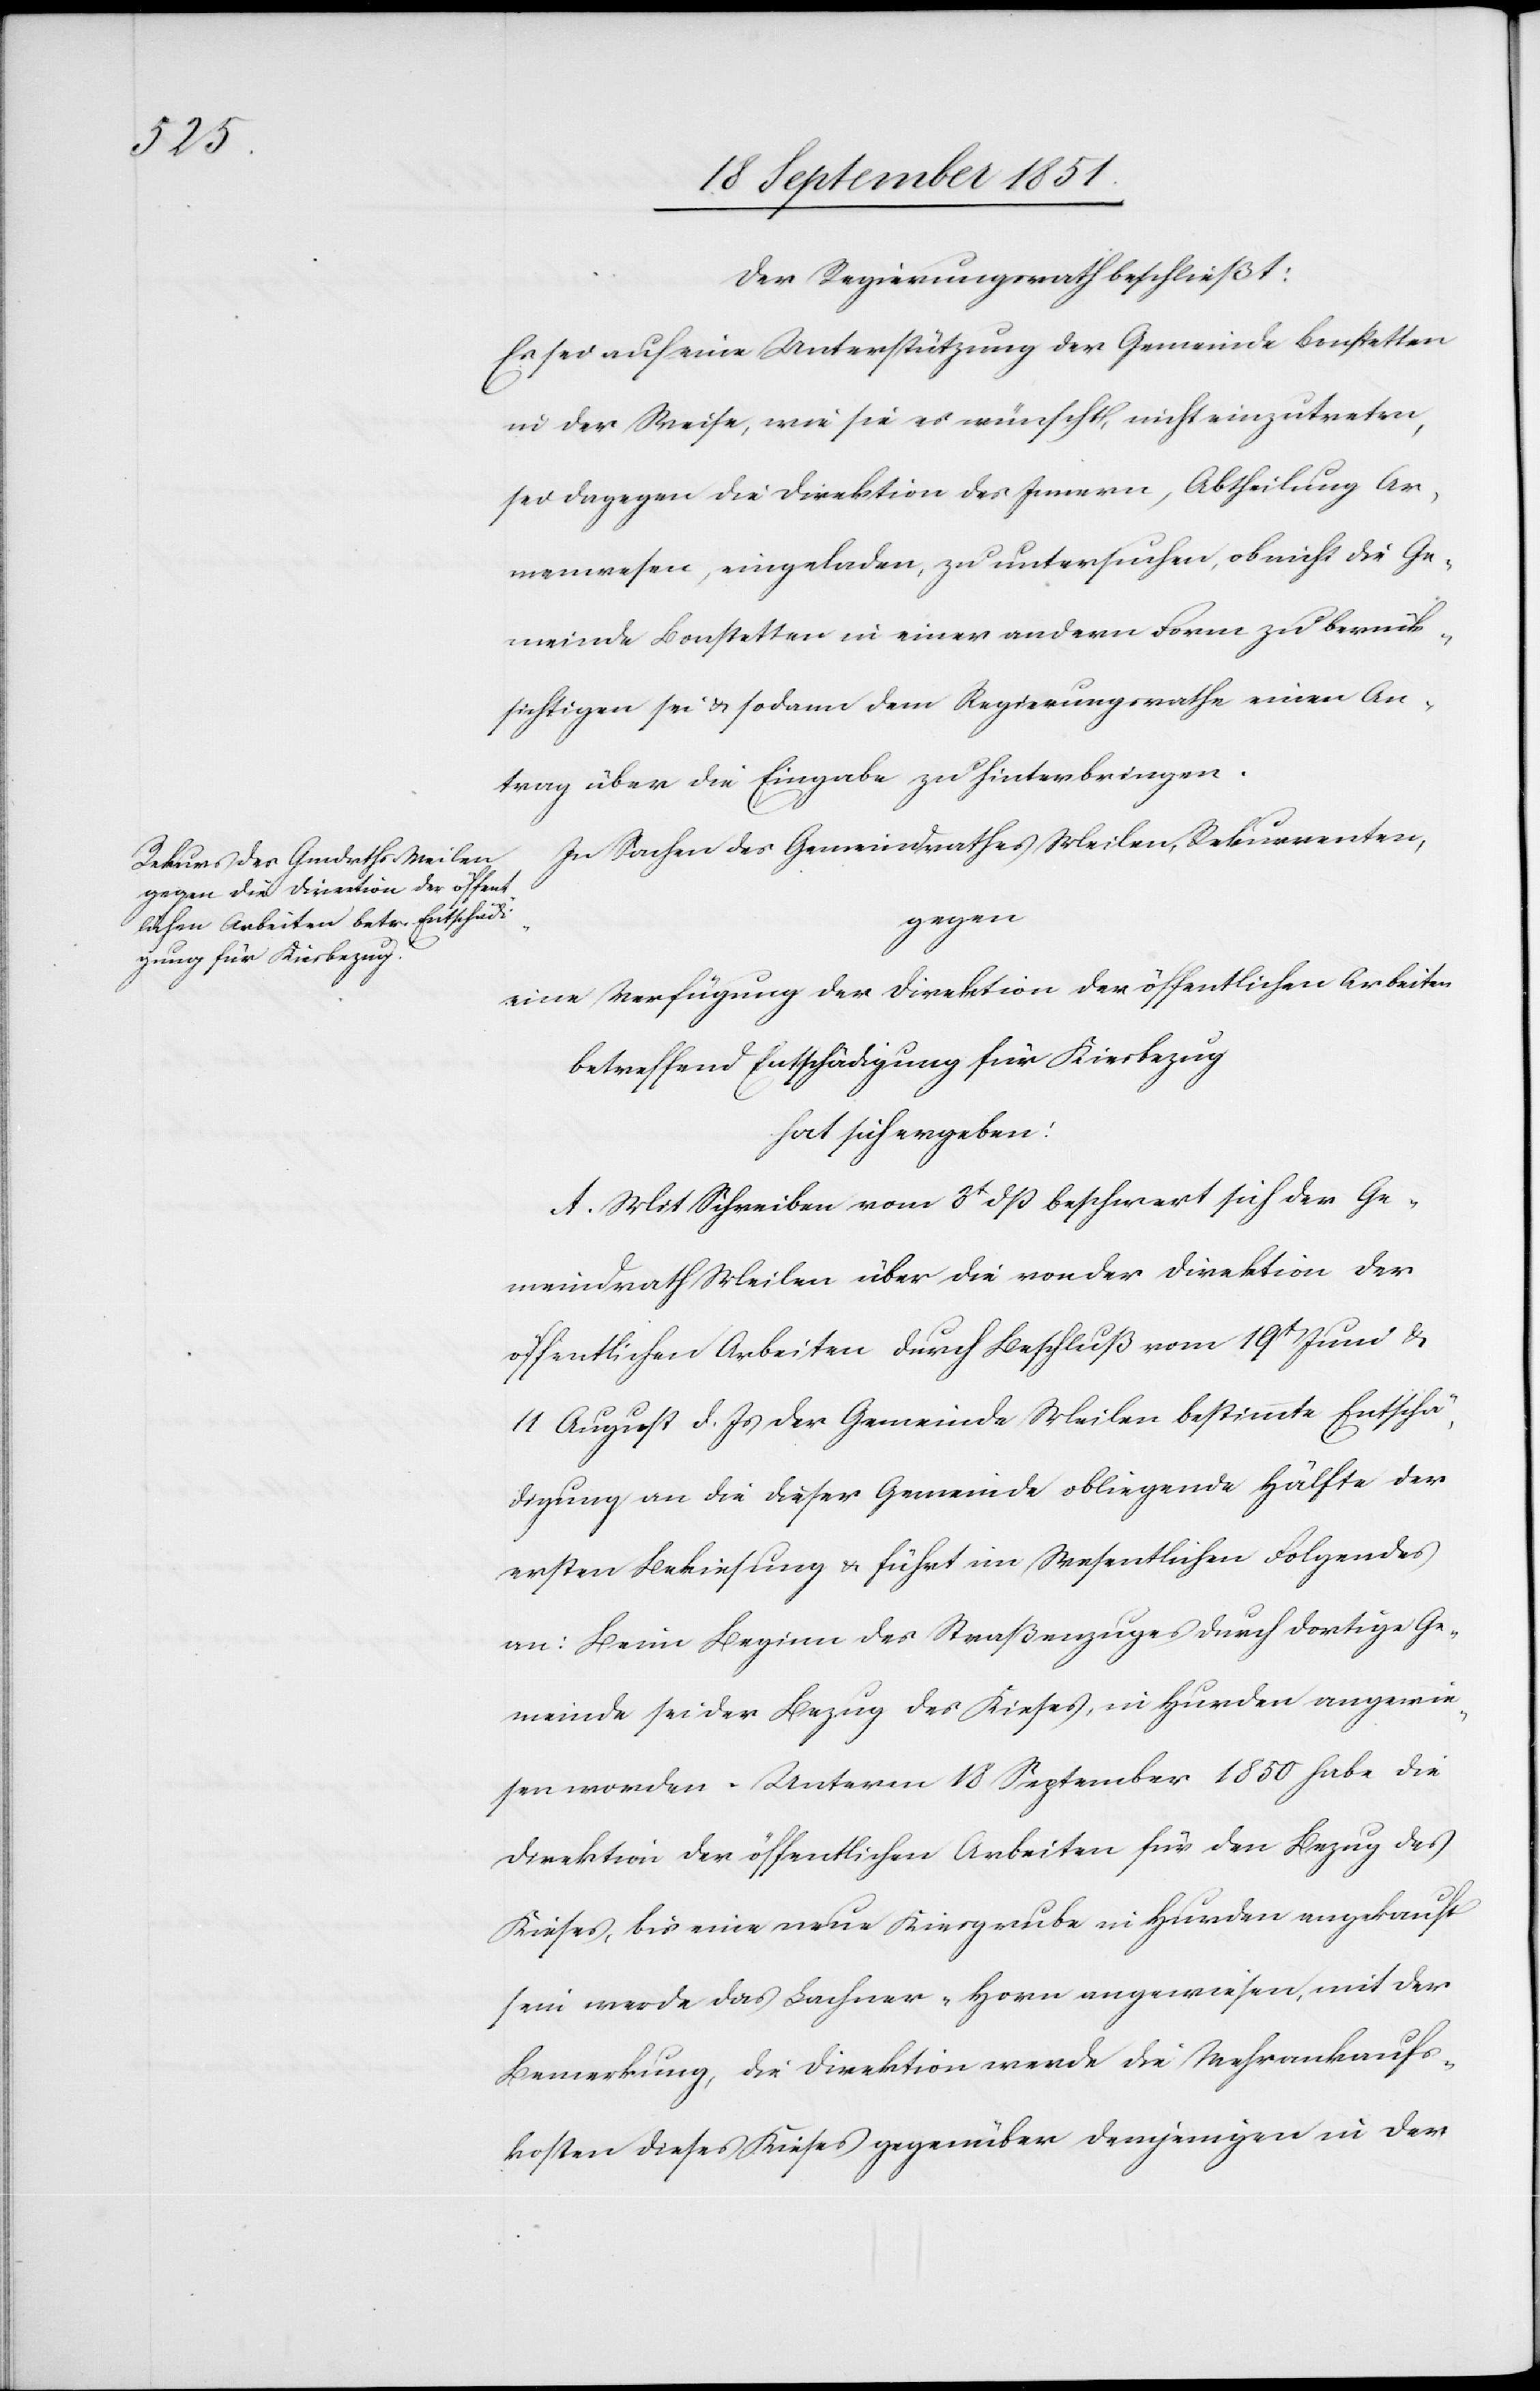
Der Regierungsrath beschließt:
Es sei auf eine Unterstützung der Gemeinde Bonstetten
in der Weise, wie sie es wünscht, nicht einzutreten,
sei dagegen die Direktion des Innern, Abtheilung Ar¬
menwesen, eingeladen, zu untersuchen, ob nicht die Ge¬
meinde Bonstetten in einer andern Form zu berück¬
sichtigen sei & sodann dem Regierungsrathe einen An¬
trag über die Eingabe zu hinterbringen.
In Sachen des Gemeindrathes Meilen, Rekurrenten,
gegen
eine Verfügung der Direktion der öffentlichen Arbeiten
betreffend Entschädigung für Kiesbezug
hat sich ergeben:
A. Mit Schreiben vom 3t dß beschwert sich der Ge¬
meindrath Meilen über die von der Direktion der
öffentlichen Arbeiten durch Beschluß vom 19t Juni &
11 August d. Js der Gemeinde Meilen bestimmte Entschä¬
digung an die dieser Gemeinde obliegende Hälfte der
ersten Bekiesung & führt im Wesentlichen Folgendes
an: Beim Beginn des Straßenzuges durch dortige Ge¬
meinde sei der Bezug des Kieses, in Hurden angewie¬
sen worden. Unterm 18 September 1850 habe die
Direktion der öffentlichen Arbeiten für den Bezug des
Kieses, bis eine neue Kiesgrube in Hurden angekauft
sein werde das Lachner-Horn angewiesen, mit der
Bemerkung, die Direktion werde die Mehrankaufs¬
kosten dieses Kieses gegenüber demjenigen in der